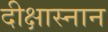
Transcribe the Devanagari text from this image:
दीक्षास्नान